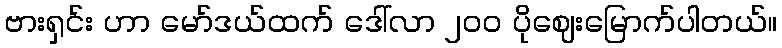
ဗားရှင်း ဟာ မော်ဒယ်ထက် ဒေါ်လာ ၂၀၀ ပိုဈေးမြောက်ပါတယ်။